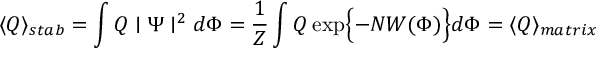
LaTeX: \langle Q \rangle _ { s t a b } = \int Q \mid \Psi \mid ^ { 2 } d \Phi = \frac { 1 } { Z } \int Q \exp \Bigl \{ - N W ( \Phi ) \Bigr \} d \Phi = \langle Q \rangle _ { m a t r i x }